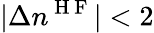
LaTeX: |\Delta n^{\mathrm{~H~F~}}|<2